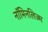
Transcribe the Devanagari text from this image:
नॉमिनलिज्म